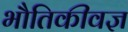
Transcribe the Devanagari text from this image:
भौतिकीवज्ञ